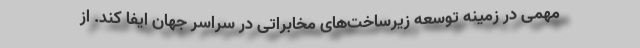
مهمی در زمینه توسعه زیرساخت‌های مخابراتی در سراسر جهان ایفا کند. از